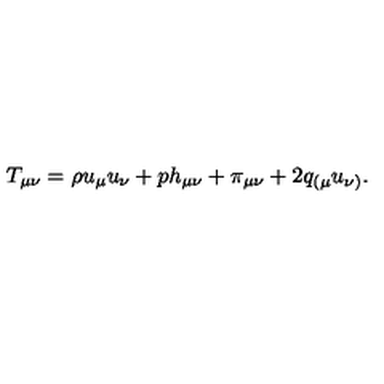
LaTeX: T _ { \mu \nu } = \rho u _ { \mu } u _ { \nu } + p h _ { \mu \nu } + \pi _ { \mu \nu } + 2 q _ { ( \mu } u _ { \nu ) } .